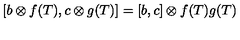
[ b \otimes f ( T ) , c \otimes g ( T ) ] = [ b , c ] \otimes f ( T ) g ( T )